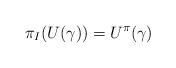
LaTeX: \begin{align*}\pi_I(U(\gamma)) = U^\pi(\gamma)\end{align*}